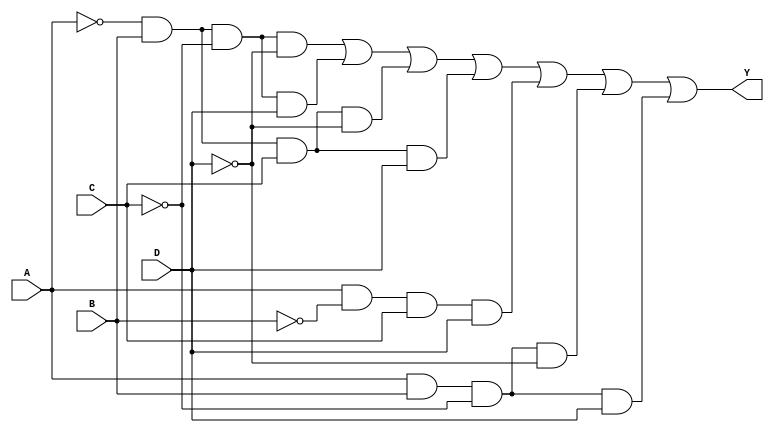

`timescale 1 ns / 1 ns

module comb_Y2(Y, A, B, C, D);
  output Y;
  input A, B, C, D;
  
  assign Y = (~A&B&~C&~D)|(~A&B&~C&D)|(~A&B&C&~D)|(~A&B&C&D)|(A&~B&C&D)|(A&B&~C&~D)|(A&B&~C&D);
endmodule